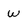
Character: w